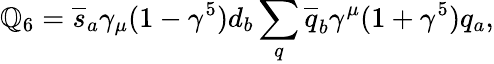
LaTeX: \mathbb{Q}_{6}=\overline{{{{s}}}}_{a}\gamma_{\mu}(1-\gamma^{5})d_{b}\sum_{q}\overline{{{{q}}}}_{b}\gamma^{\mu}(1+\gamma^{5})q_{a},